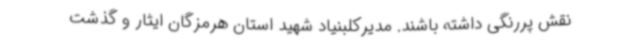
نقش پررنگی داشته باشند. مدیرکلبنیاد شهید استان هرمزگان ایثار و گذشت